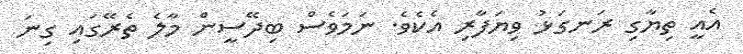
އެއީ ތިޔާގި ރަނގަޅު ވިޔަފާރި އެކެވެ. ނަމަވެސް ބިދޭސީން މާލެ ތެރޭގައި ގިނަ